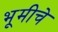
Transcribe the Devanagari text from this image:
भूमीचे